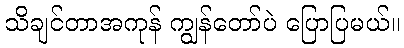
သိချင်တာအကုန် ကျွန်တော်ပဲ ပြောပြမယ်။